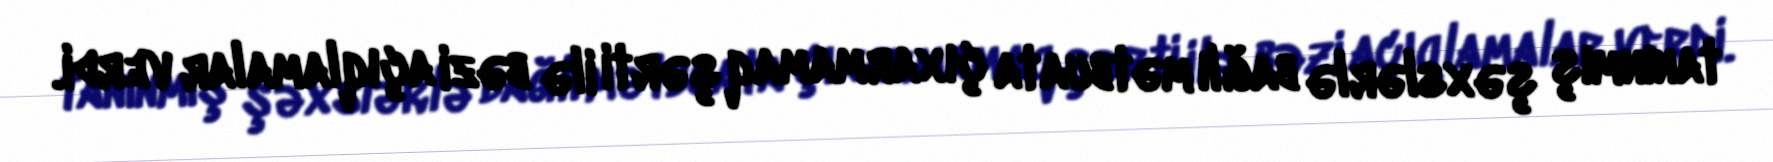
tanınmış şəxslərlə bağlı mətbuata çıxarmamaq şərti ilə bəzi açıqlamalar verdi.